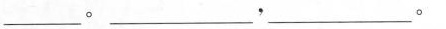
___。___，___。